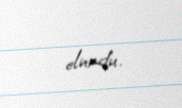
olundu.